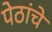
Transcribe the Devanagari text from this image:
पेठांचे